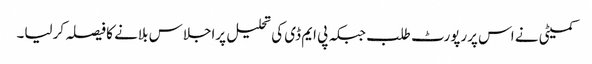
کمیٹی نے اس پررپورٹ طلب جبکہ پی ایم ڈی کی تحلیل پراجلاس بلانے کا فیصلہ کرلیا۔